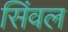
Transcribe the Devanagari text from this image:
सिंवल